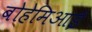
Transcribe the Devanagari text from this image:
बोहेमिआई